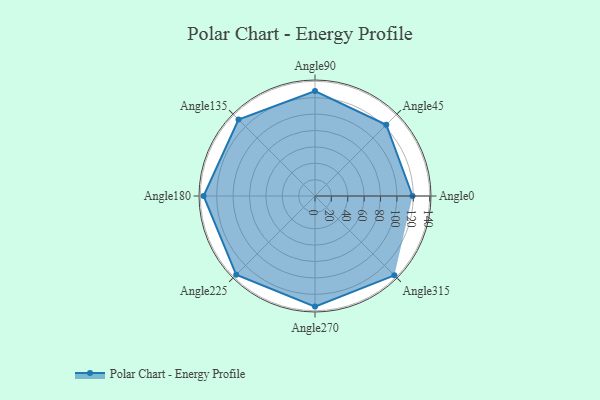
{"axis": {"x": "Angle", "y": "Radius"}, "legend": [""], "data": [{"x": "Angle0", "y": 119.0, "type": ""}, {"x": "Angle45", "y": 123.0, "type": ""}, {"x": "Angle90", "y": 128.0, "type": ""}, {"x": "Angle135", "y": 132.0, "type": ""}, {"x": "Angle180", "y": 136.0, "type": ""}, {"x": "Angle225", "y": 136.0, "type": ""}, {"x": "Angle270", "y": 135.0, "type": ""}, {"x": "Angle315", "y": 137.0, "type": ""}]}